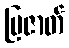
ပြဇာတ်